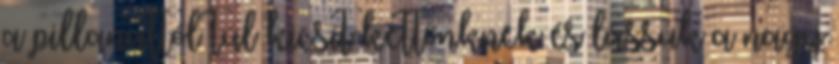
a pillanattól túl kicsit kettőnknek és lássuk a nagy